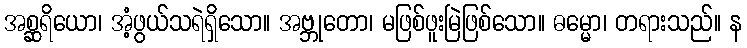
အစ္ဆရိယော၊ အံ့ဖွယ်သရဲရှိသော။ အဗ္ဘုတော၊ မဖြစ်ဖူးမြဲဖြစ်သော။ ဓမ္မော၊ တရားသည်။ န